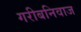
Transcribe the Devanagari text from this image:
गरीबनिवाज